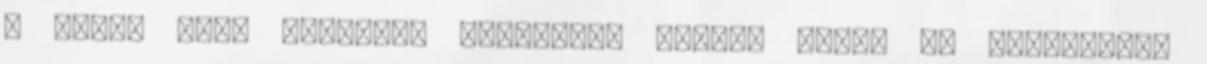
- amit, mint kellemes parfőmöt, vagyok bátor ez alkalommal